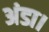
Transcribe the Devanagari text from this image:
अंडा।